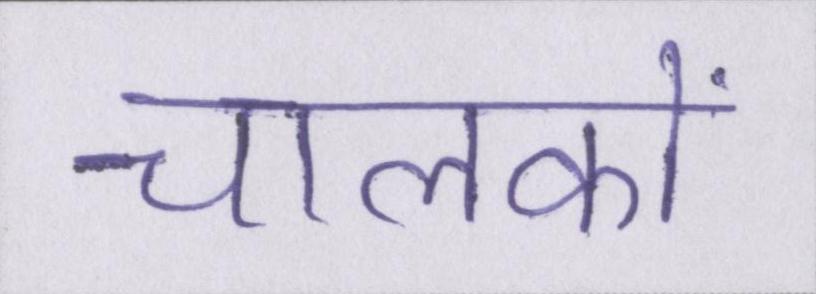
चालकों